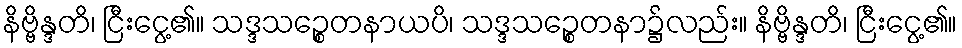
နိဗ္ဗိန္ဒတိ၊ ငြီးငွေ့၏။ သဒ္ဒသဉ္စေတနာယပိ၊ သဒ္ဒသဉ္စေတနာ၌လည်း။ နိဗ္ဗိန္ဒတိ၊ ငြီးငွေ့၏။